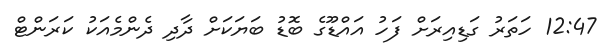
12:47 ހަތަރު ގަޑިއިރަށް ފަހު އައްޑޫގެ ބޮޑު ބަޔަކަށް ދާދި ދެންމެއަކު ކަރަންޓް